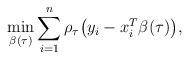
LaTeX: \begin{align*} \min_{\beta(\tau)}\sum_{i=1}^n\rho_{\tau}\bigl(y_i-x_i^{T}\beta(\tau)\bigr),\end{align*}